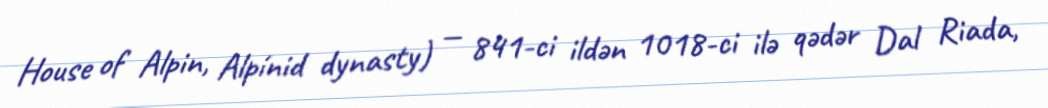
House of Alpin, Alpínid dynasty) — 841-ci ildən 1018-ci ilə qədər Dal Riada,